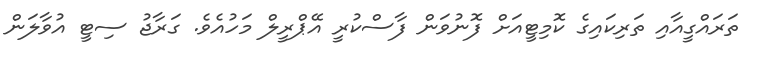
ތަރައްގީއާއި ތަރިކައިގެ ކޮމިޓީއަށް ފޮނުވަން ފާސްކުރީ އޭޕްރީލް މަހުއެވެ. ގަރާޖު ސިޓީ އުވާލަން